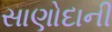
સાણોદાની